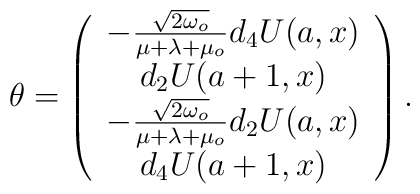
\theta =\left( \begin{array}{c}-\frac{\sqrt{2\omega _{o}}}{\mu +\lambda +\mu _{o}}d_{4}U(a,x) \\ d_{2}U(a+1,x) \\ -\frac{\sqrt{2\omega _{o}}}{\mu +\lambda +\mu _{o}}d_{2}U(a,x) \\ d_{4}U(a+1,x)\end{array}\right) .